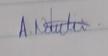
Signature authenticity: genuine